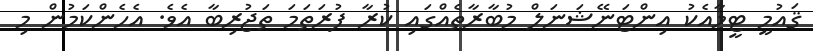
ޤައުމީ ޓީމާއެކު އިންޓަނޭޝަނަލް މުބާރާތެއްގައި ކުރާ ފުރަތަމަ ތަޖުރިބާ އެވެ. އެހެންކަމުން މި